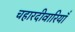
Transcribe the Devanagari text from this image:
चहारदीवारियाँ